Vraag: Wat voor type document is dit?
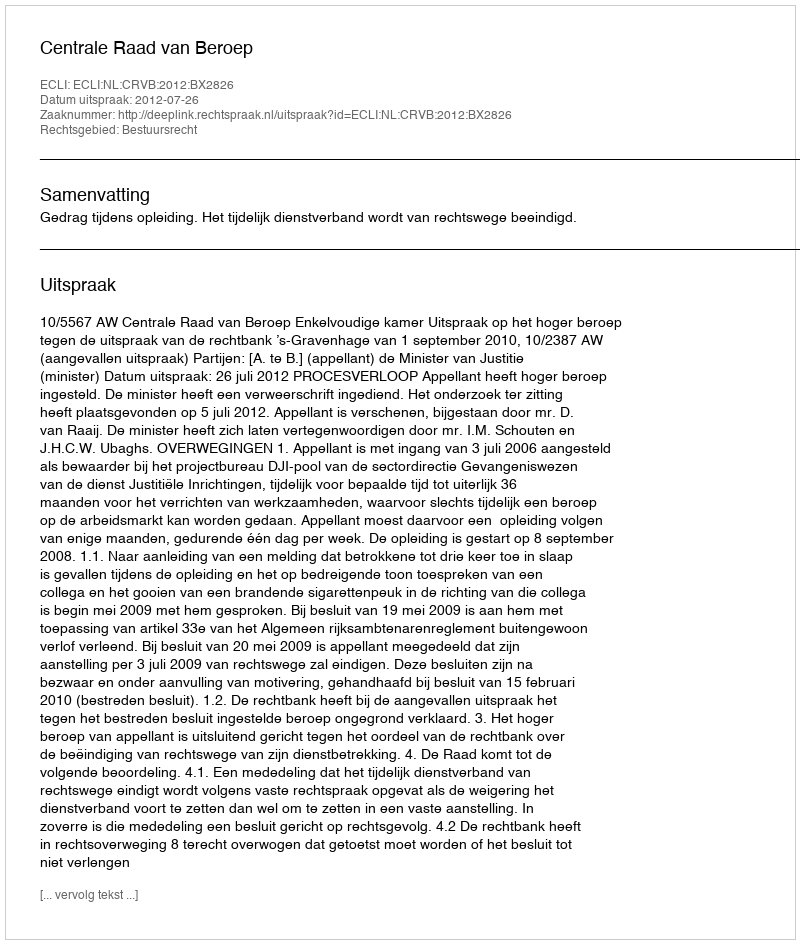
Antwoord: Uitspraak